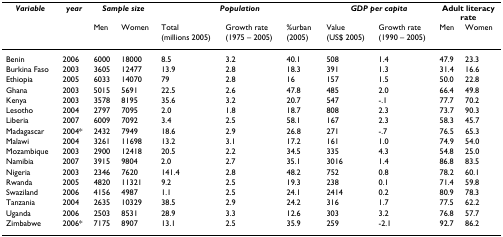
<table><thead><tr><td><b><i>Variable</i></b></td><td><b><i>year</i></b></td><td colspan="2"><b><i>Sample size</i></b></td><td colspan="3"><b><i>Population</i></b></td><td colspan="2"><b><i>GDP per capita</i></b></td><td colspan="2"><b>Adult literacy rate</b></td></tr><tr><td></td><td></td><td><b>Men</b></td><td><b>Women</b></td><td><b>Total (millions 2005)</b></td><td><b>Growth rate (1975 – 2005)</b></td><td><b>%urban (2005)</b></td><td><b>Value (US$ 2005)</b></td><td><b>Growth rate (1990 – 2005)</b></td><td><b>Men</b></td><td><b>Women</b></td></tr></thead><tbody><tr><td>Benin</td><td>2006</td><td>6000</td><td>18000</td><td>8.5</td><td>3.2</td><td>40.1</td><td>508</td><td>1.4</td><td>47.9</td><td>23.3</td></tr><tr><td>Burkina Faso</td><td>2003</td><td>3605</td><td>12477</td><td>13.9</td><td>2.8</td><td>18.3</td><td>391</td><td>1.3</td><td>31.4</td><td>16.6</td></tr><tr><td>Ethiopia</td><td>2005</td><td>6033</td><td>14070</td><td>79</td><td>2.8</td><td>16</td><td>157</td><td>1.5</td><td>50.0</td><td>22.8</td></tr><tr><td>Ghana</td><td>2003</td><td>5015</td><td>5691</td><td>22.5</td><td>2.6</td><td>47.8</td><td>485</td><td>2.0</td><td>66.4</td><td>49.8</td></tr><tr><td>Kenya</td><td>2003</td><td>3578</td><td>8195</td><td>35.6</td><td>3.2</td><td>20.7</td><td>547</td><td>-.1</td><td>77.7</td><td>70.2</td></tr><tr><td>Lesotho</td><td>2004</td><td>2797</td><td>7095</td><td>2.0</td><td>1.8</td><td>18.7</td><td>808</td><td>2.3</td><td>73.7</td><td>90.3</td></tr><tr><td>Liberia</td><td>2007</td><td>6009</td><td>7092</td><td>3.4</td><td>2.5</td><td>58.1</td><td>167</td><td>2.3</td><td>58.3</td><td>45.7</td></tr><tr><td>Madagascar</td><td>2004*</td><td>2432</td><td>7949</td><td>18.6</td><td>2.9</td><td>26.8</td><td>271</td><td>-.7</td><td>76.5</td><td>65.3</td></tr><tr><td>Malawi</td><td>2004</td><td>3261</td><td>11698</td><td>13.2</td><td>3.1</td><td>17.2</td><td>161</td><td>1.0</td><td>74.9</td><td>54.0</td></tr><tr><td>Mozambique</td><td>2003</td><td>2900</td><td>12418</td><td>20.5</td><td>2.2</td><td>34.5</td><td>335</td><td>4.3</td><td>54.8</td><td>25.0</td></tr><tr><td>Namibia</td><td>2007</td><td>3915</td><td>9804</td><td>2.0</td><td>2.7</td><td>35.1</td><td>3016</td><td>1.4</td><td>86.8</td><td>83.5</td></tr><tr><td>Nigeria</td><td>2003</td><td>2346</td><td>7620</td><td>141.4</td><td>2.8</td><td>48.2</td><td>752</td><td>0.8</td><td>78.2</td><td>60.1</td></tr><tr><td>Rwanda</td><td>2005</td><td>4820</td><td>11321</td><td>9.2</td><td>2.5</td><td>19.3</td><td>238</td><td>0.1</td><td>71.4</td><td>59.8</td></tr><tr><td>Swaziland</td><td>2006</td><td>4156</td><td>4987</td><td>1.1</td><td>2.5</td><td>24.1</td><td>2414</td><td>0.2</td><td>80.9</td><td>78.3</td></tr><tr><td>Tanzania</td><td>2004</td><td>2635</td><td>10329</td><td>38.5</td><td>2.9</td><td>24.2</td><td>316</td><td>1.7</td><td>77.5</td><td>62.2</td></tr><tr><td>Uganda</td><td>2006</td><td>2503</td><td>8531</td><td>28.9</td><td>3.3</td><td>12.6</td><td>303</td><td>3.2</td><td>76.8</td><td>57.7</td></tr><tr><td>Zimbabwe</td><td>2006*</td><td>7175</td><td>8907</td><td>13.1</td><td>2.5</td><td>35.9</td><td>259</td><td>-2.1</td><td>92.7</td><td>86.2</td></tr></tbody></table>